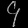
Digit: ၄